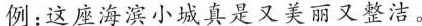
例：这座海滨小城真是又美丽又整洁。